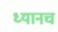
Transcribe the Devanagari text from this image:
ध्यानच